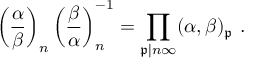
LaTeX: \left( { \frac { \alpha } { \beta } } \right) _ { n } \left( { \frac { \beta } { \alpha } } \right) _ { n } ^ { - 1 } = \prod _ { { \mathfrak { p } } | n \infty } ( \alpha , \beta ) _ { \mathfrak { p } } \ .